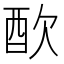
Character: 𨠅